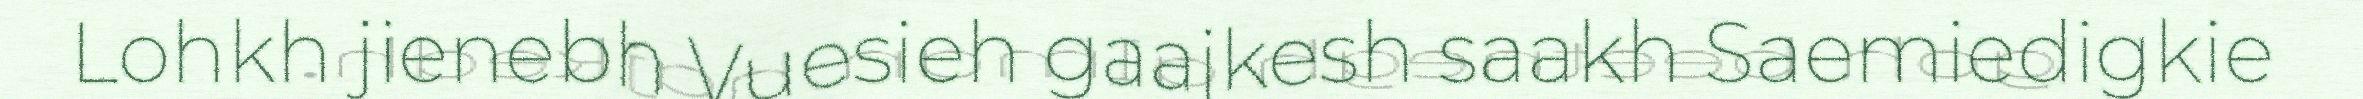
Lohkh jienebh Vuesieh gaajkesh saakh Saemiedigkie